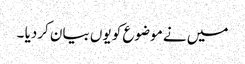
میں نے موضوع کو یوں بیان کردیا ۔